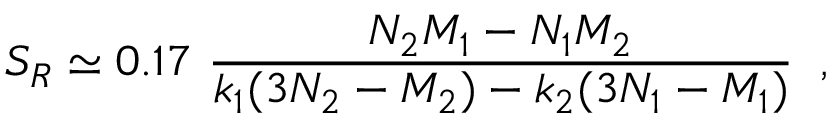
S _ { R } \simeq 0 . 1 7 \ \frac { N _ { 2 } M _ { 1 } - N _ { 1 } M _ { 2 } } { k _ { 1 } ( 3 N _ { 2 } - M _ { 2 } ) - k _ { 2 } ( 3 N _ { 1 } - M _ { 1 } ) } \; \; ,